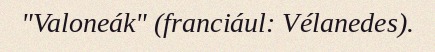
"Valoneák" (franciául: Vélanedes).